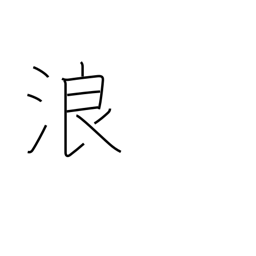
Meaning: wandering